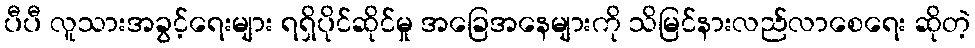
ပီပီ လူသားအခွင့်ရေးများ ရရှိပိုင်ဆိုင်မှု အခြေအနေများကို သိမြင်နားလည်လာစေရေး ဆိုတဲ့